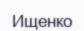
Ищенко